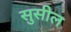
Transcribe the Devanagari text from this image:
सुसील